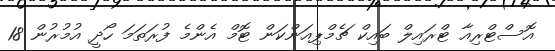
އޮސްޓްރިއާ ޓްރައިލް ބައިކް ޗެމްޕިއަންކަން ޓޮމް އެންމެ ފުރަތަމަ ހޯދީ އުމުރުން 18